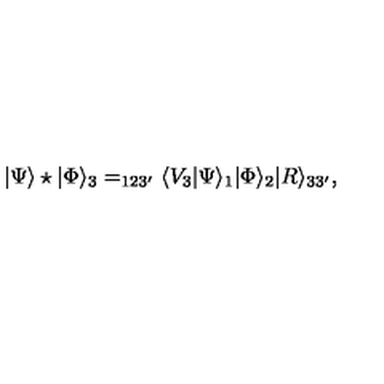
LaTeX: | \Psi \rangle \star | \Phi \rangle _ { 3 } = _ { 1 2 3 ^ { \prime } } \langle V _ { 3 } | \Psi \rangle _ { 1 } | \Phi \rangle _ { 2 } | R \rangle _ { 3 3 ^ { \prime } } ,